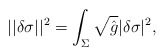
\begin{align*}||\delta \sigma ||^2=\int_\Sigma \sqrt{\hat g} |\delta \sigma|^2,\end{align*}